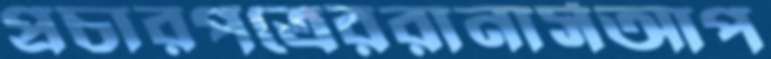
প্রচারপত্রেররানার্সআপ